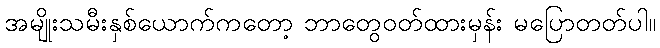
အမျိုးသမီးနှစ်ယောက်ကတော့ ဘာတွေဝတ်ထားမှန်း မပြောတတ်ပါ။